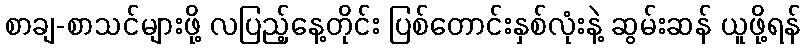
စာချ-စာသင်များဖို့ လပြည့်နေ့တိုင်း ပြစ်တောင်းနှစ်လုံးနဲ့ ဆွမ်းဆန် ယူဖို့ရန်